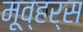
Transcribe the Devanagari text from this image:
मूव्हर्स